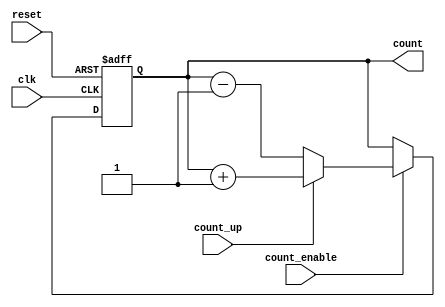
module ripple_counter (
    input wire clk,          // Clock input
    input wire reset,        // Asynchronous reset
    input wire count_enable, // Count enable signal
    input wire count_up,     // Count up signal (1 for up, 0 for down)
    output reg [N-1:0] count // Counter output
);
    parameter N = 4; // Number of bits in the counter

    // Internal signals for flip-flops
    reg [N-1:0] next_count;

    always @(posedge clk or posedge reset) begin
        if (reset) begin
            count <= 0; // Reset the counter to 0
        end else if (count_enable) begin
            count <= next_count; // Update the counter
        end
    end

    always @(*) begin
        if (count_enable) begin
            if (count_up) begin
                // Counting up
                next_count = count + 1;
            end else begin
                // Counting down
                next_count = count - 1;
            end
        end else begin
            next_count = count; // Hold the current count if not enabled
        end
    end
endmodule